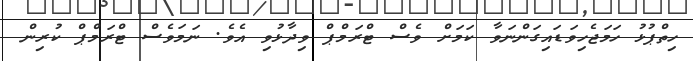
ހިތްޕުޅު ހަމަޖެހިވަޑައިގަންނަވާ ކަމަށް ވެސް ޓްރަމްޕް ވިދާޅުވި އެވެ. ނަމަވެސް ޓްރަމްޕް ކުރިން